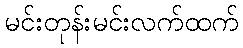
မင်းတုန်းမင်းလက်ထက်